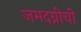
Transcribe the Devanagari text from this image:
जमदग्नीची